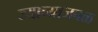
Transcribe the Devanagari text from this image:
ज्याच्याजवळ